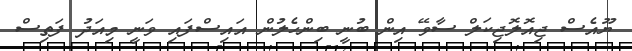
ޔޫއެސް ޖިއޮލޮޖިކަލް ސާވޭ އިން ބުނީ ބިންހެލުން އައިސްފައި ވަނީ މިއަދު ފަތިސް